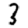
Digit: 3